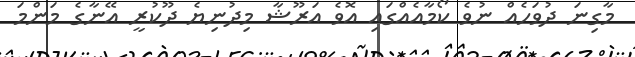
މާގިނަ ދުވަހެއް ނުވެ ކޯމާއެއްގައި އޮވެ އަރޫޝާ މިދުނިޔެ ދޫކުރީ އޭނާގެ މަންމަ